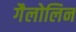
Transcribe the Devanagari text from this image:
गैलोलिन